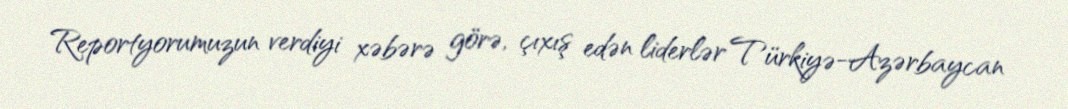
Reportyorumuzun verdiyi xəbərə görə, çıxış edən liderlər Türkiyə-Azərbaycan